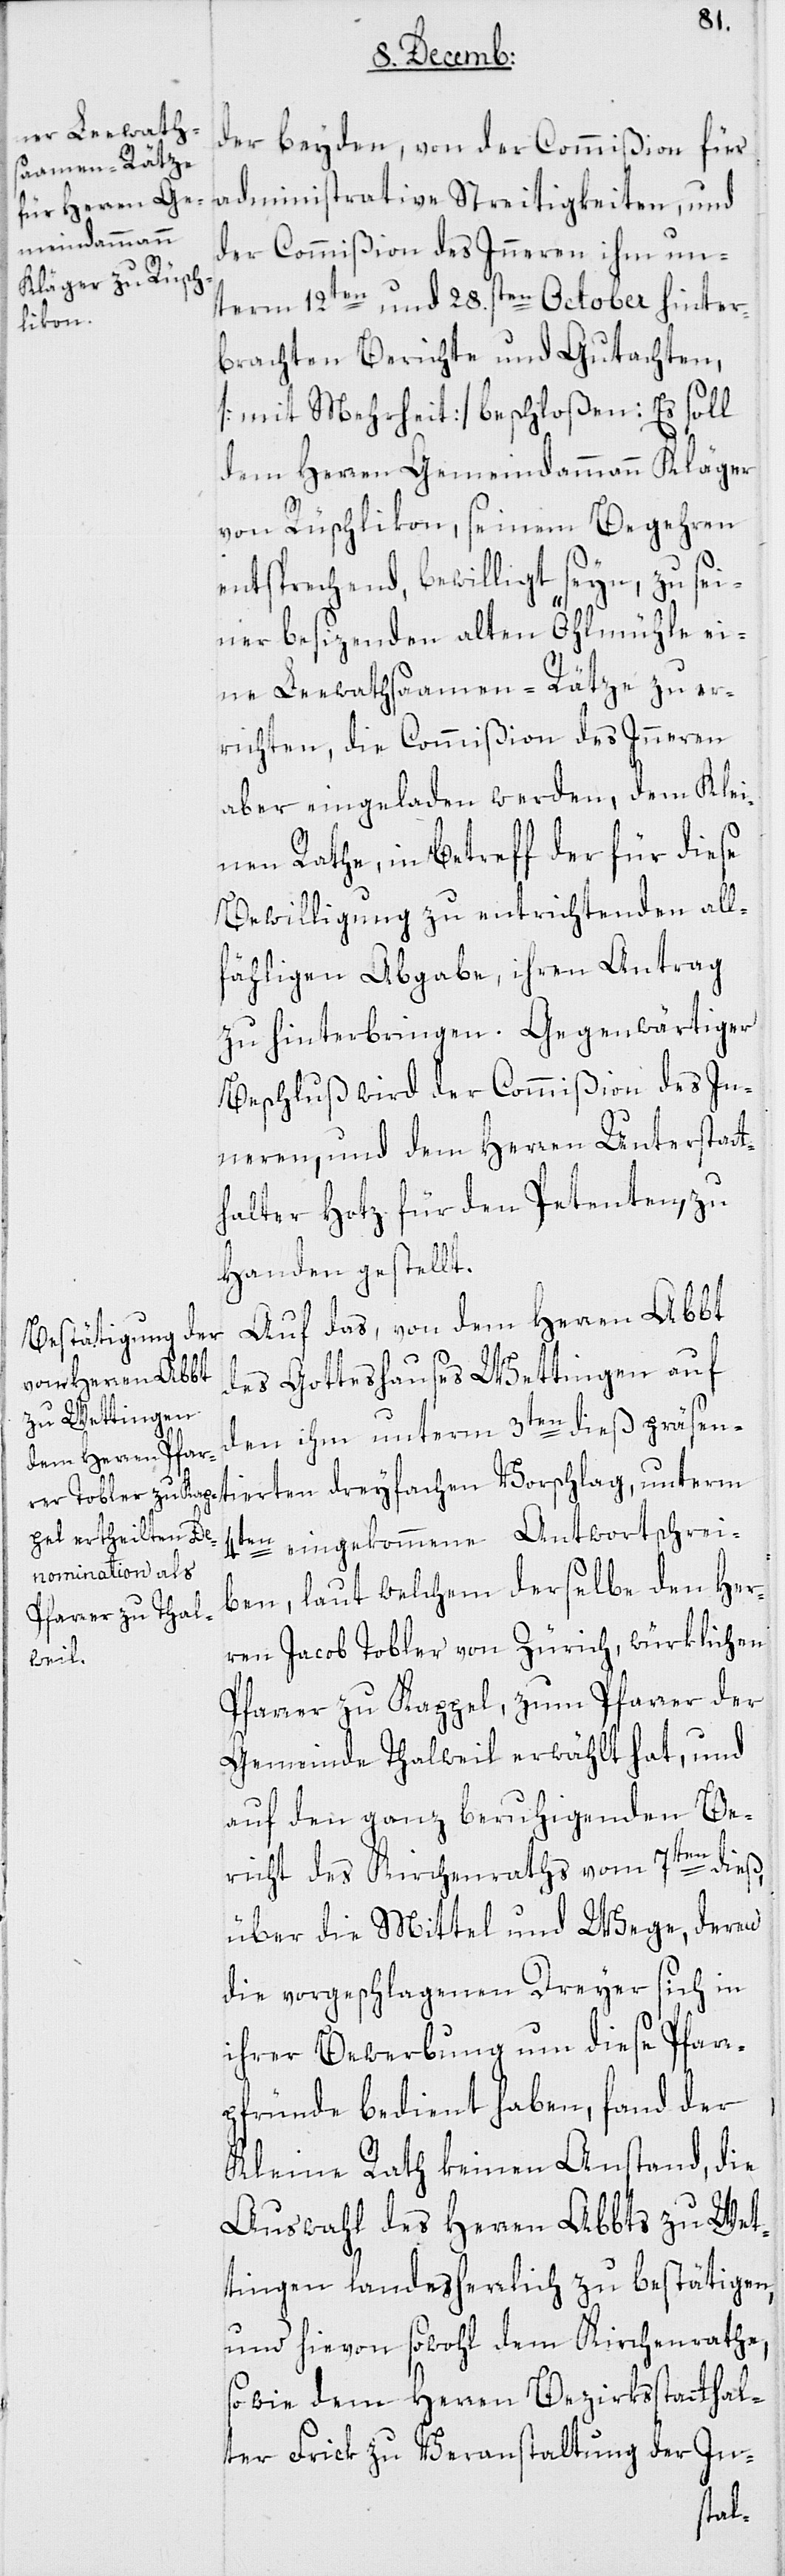
der beyden, von der Commißion für
administrative Streitigkeiten, und
der Commißion des Inneren ihm un¬
term 12ten und 28sten October hinter¬
brachten Berichte und Gutachten,
[mit Mehrheit] beschloßen: Es soll
dem Herren Gemeindammann Kläger
von Rüschlikon, seinem Begehren
entsprechend bewilligt seyn, zu sei¬
ner besizenden alten Öhlmühle ei¬
ne Leewathsaamen-Rätze zu er¬
richten, die Commißion des Inneren
aber eingeladen werden, dem Klei¬
nen Rathe, in betreff der für diese
Bewilligung zu entrichtenden all¬
fählige Abgabe, ihren Antrag
zu hinterbringen. Gegenwärtiger
Beschluß wird der Commißion des In¬
neren und dem Herren Unterstatt¬
halter Hotz für den Petenten, zu
Handen gestellt.
Auf das, von dem Herren Abbt
des Gotteshauses Wettingen auf
den ihm unterm 3ten dieß präsent¬
ierten dreyfachen Vorschlag, unterm
4ten eingekommene Antwortschrei¬
ben, laut welchem derselbe den Her¬
ren Jacob Tobler von Zürich, würklichen
Pfarrer zu Kappel, zum Pfarrer der
Gemeinde Thalweil erwählt hat, und
auf den ganz beruhigenden Be¬
richt des Kirchenraths vom 7ten dieß,
über die Mittel und Wege, deren
die vorgeschlagenen Dreyer sich in
ihrer Bewerbung um diese Pfarr¬
pfründe bedient haben, fand der
Kleine Rath keinen Anstand, die
Auswahl des Herren Abbts zu Wet¬
tingen landesherrlich zu bestätigen,
und hievon sowohl dem Kirchenrathe
sowie dem Herren Bezirksstatthal¬
ter Frick zu Veranstaltung der In-